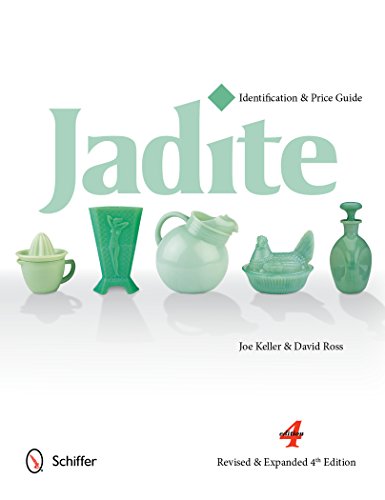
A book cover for Jadite: Identification & Price Guide; Joe Keller; Crafts, Hobbies & Home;